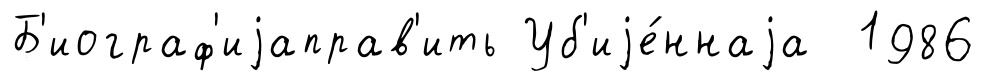
Б'иограф'иjаправ'ить Уб'иjе́ннаjа 1986